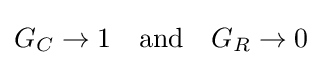
G_{C}\to 1\quad {\mbox{and}}\quad G_{R}\to 0